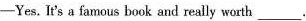
-Yes. It's a famous book and really worth ______ .